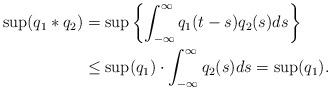
LaTeX: \begin{align*}\sup(q_1 * q_2) &=\sup \left\{ \int_{-\infty}^{\infty} q_1 (t-s) q_2(s) ds \right\}\\ &\leq \sup (q_1) \cdot \int_{-\infty}^{\infty} q_2(s) ds =\sup (q_1).\end{align*}